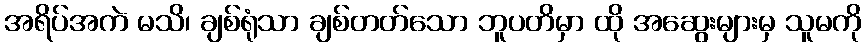
အရိပ်အကဲ မသိ၊ ချစ်ရုံသာ ချစ်တတ်သော ဘူပတိမှာ ထို အဆွေးများမှ သူမကို